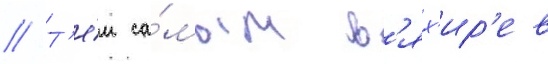
// Т'е́м са́мым в'ях'ир'ев